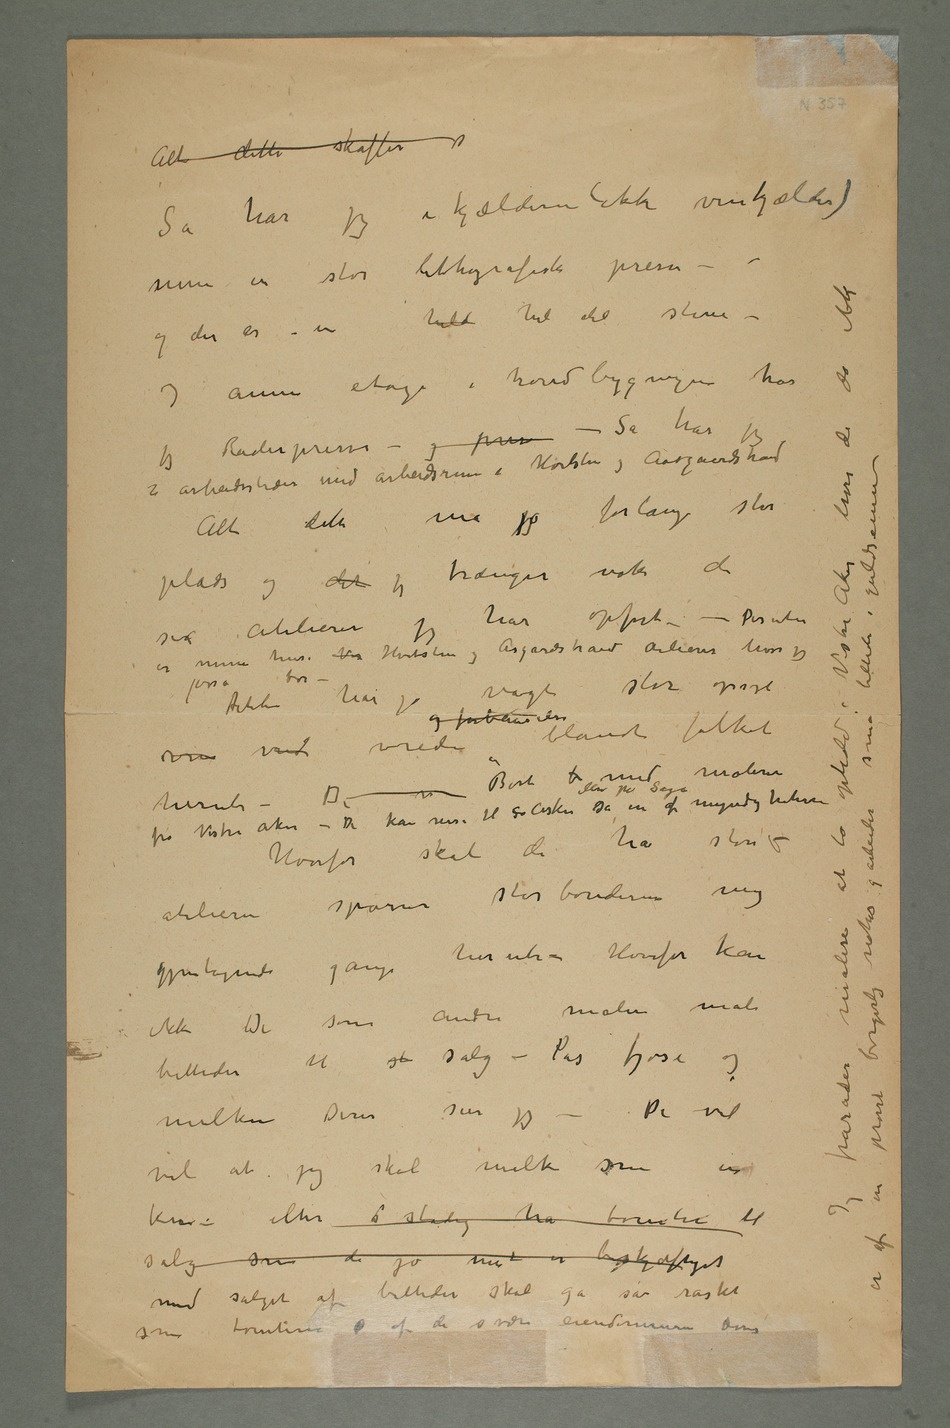
Så har jeg i kjælderen (ikke vinkjælder)
min en stor lithografisk presse –
og der er – en held
– I annen etage i hovedbygningen har
jeg Raderpresse – og pres – Så har jeg 2 arbeidssteder med arbeidsrum i Hvidsten og Aasgaardstrand
er mine huse Vis Hvidsten og Åsgårdstrand atelierer hvor jeg osså bor – Dette
og forbauselse blandt folket herute – De
Bort b med maleren fra
Hvorfor skal de ha store atelierer spørrer
storbønderne mig
melken Deres sier jeg – De vil
ku – eller  stadig ha tomter til
salg som de jo mest er beskjæftiget
med salget af billeder skal gå så raskt
som tomtene  af de svære eiendommene Deres Jeg fraråder malere